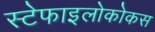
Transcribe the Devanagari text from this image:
स्टेफाइलोकोकस